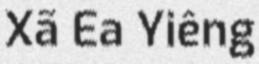
Xã Ea Yiêng